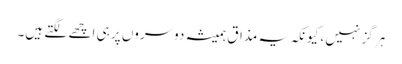
ہر گز نہیں ، کیونکہ یہ مذاق ہمیشہ دوسروں پر ہی اچھے لگتے ہیں۔